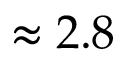
\approx 2 . 8